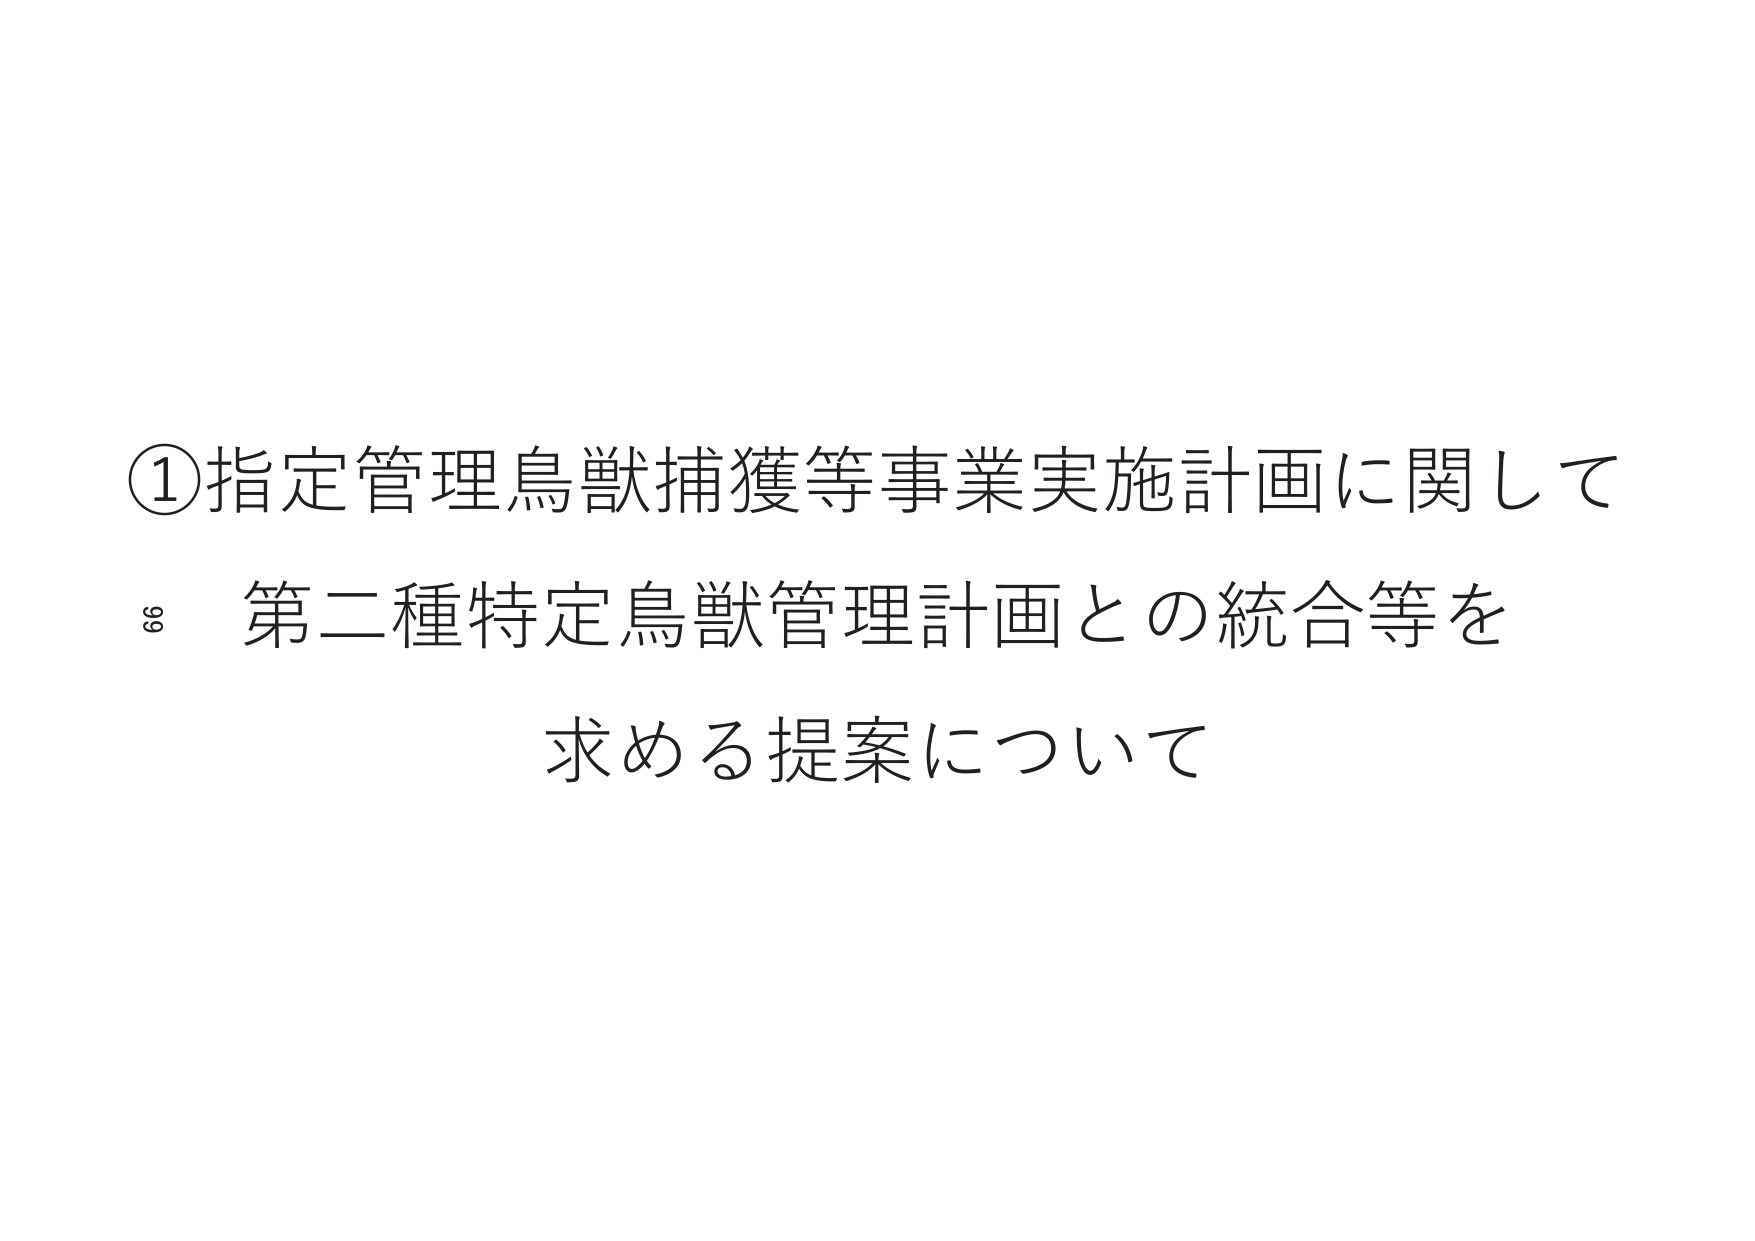
①指定管理鳥獣捕獲等事業実施計画に関して
第二種特定鳥獣管理計画との統合等を
求める提案について
69